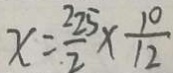
x = \frac { 2 2 5 } { 2 } \times \frac { 1 0 } { 1 2 }